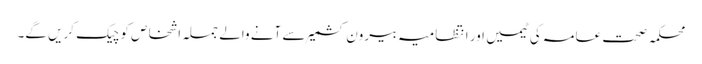
محکمہ صحت عامہ کی ٹیمیں اور انتظامیہ بیرون کشمیر سے آنے والے جملہ اشخاص کو چیک کریں گے۔